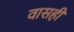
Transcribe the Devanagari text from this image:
वासही